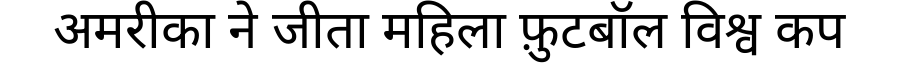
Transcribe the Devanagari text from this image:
अमरीका ने जीता महिला फ़ुटबॉल विश्व कप